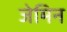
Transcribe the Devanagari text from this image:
जेमिन